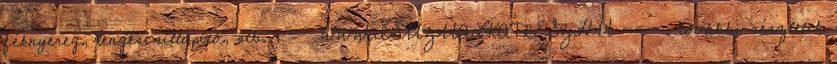
féknyereg, lengéscsillapító, stb. -=- WWW.ISUZUALKATRESZ.HU -=- . további részletek